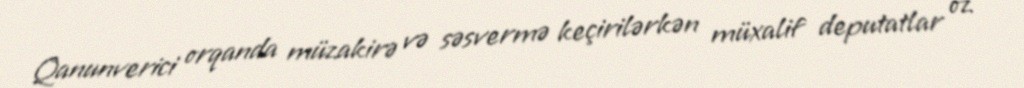
Qanunverici orqanda müzakirə və səsvermə keçirilərkən müxalif deputatlar öz